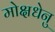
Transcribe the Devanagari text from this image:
मोक्षधेनु